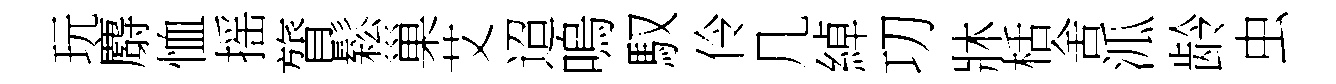
玩麝恤摇膂鬆巢艾迢嗚馭伶几綽㓛牀栝舍泒龄虫